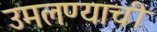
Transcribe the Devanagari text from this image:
उमलण्याची